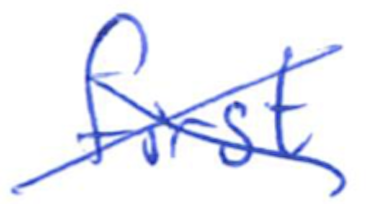
Text: first
Cross-out: cross
Writing tool: ballpoint